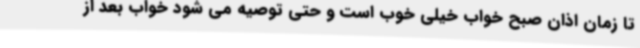
تا زمان اذان صبح خواب خیلی خوب است و حتی توصیه می شود خواب بعد از